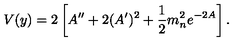
V ( y ) = 2 \left[ A ^ { \prime \prime } + 2 ( A ^ { \prime } ) ^ { 2 } + { \frac { 1 } { 2 } } m _ { n } ^ { 2 } e ^ { - 2 A } \right] .